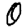
Digit: 0